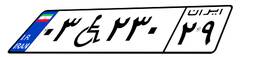
۵۳W۹۰۰۲۳